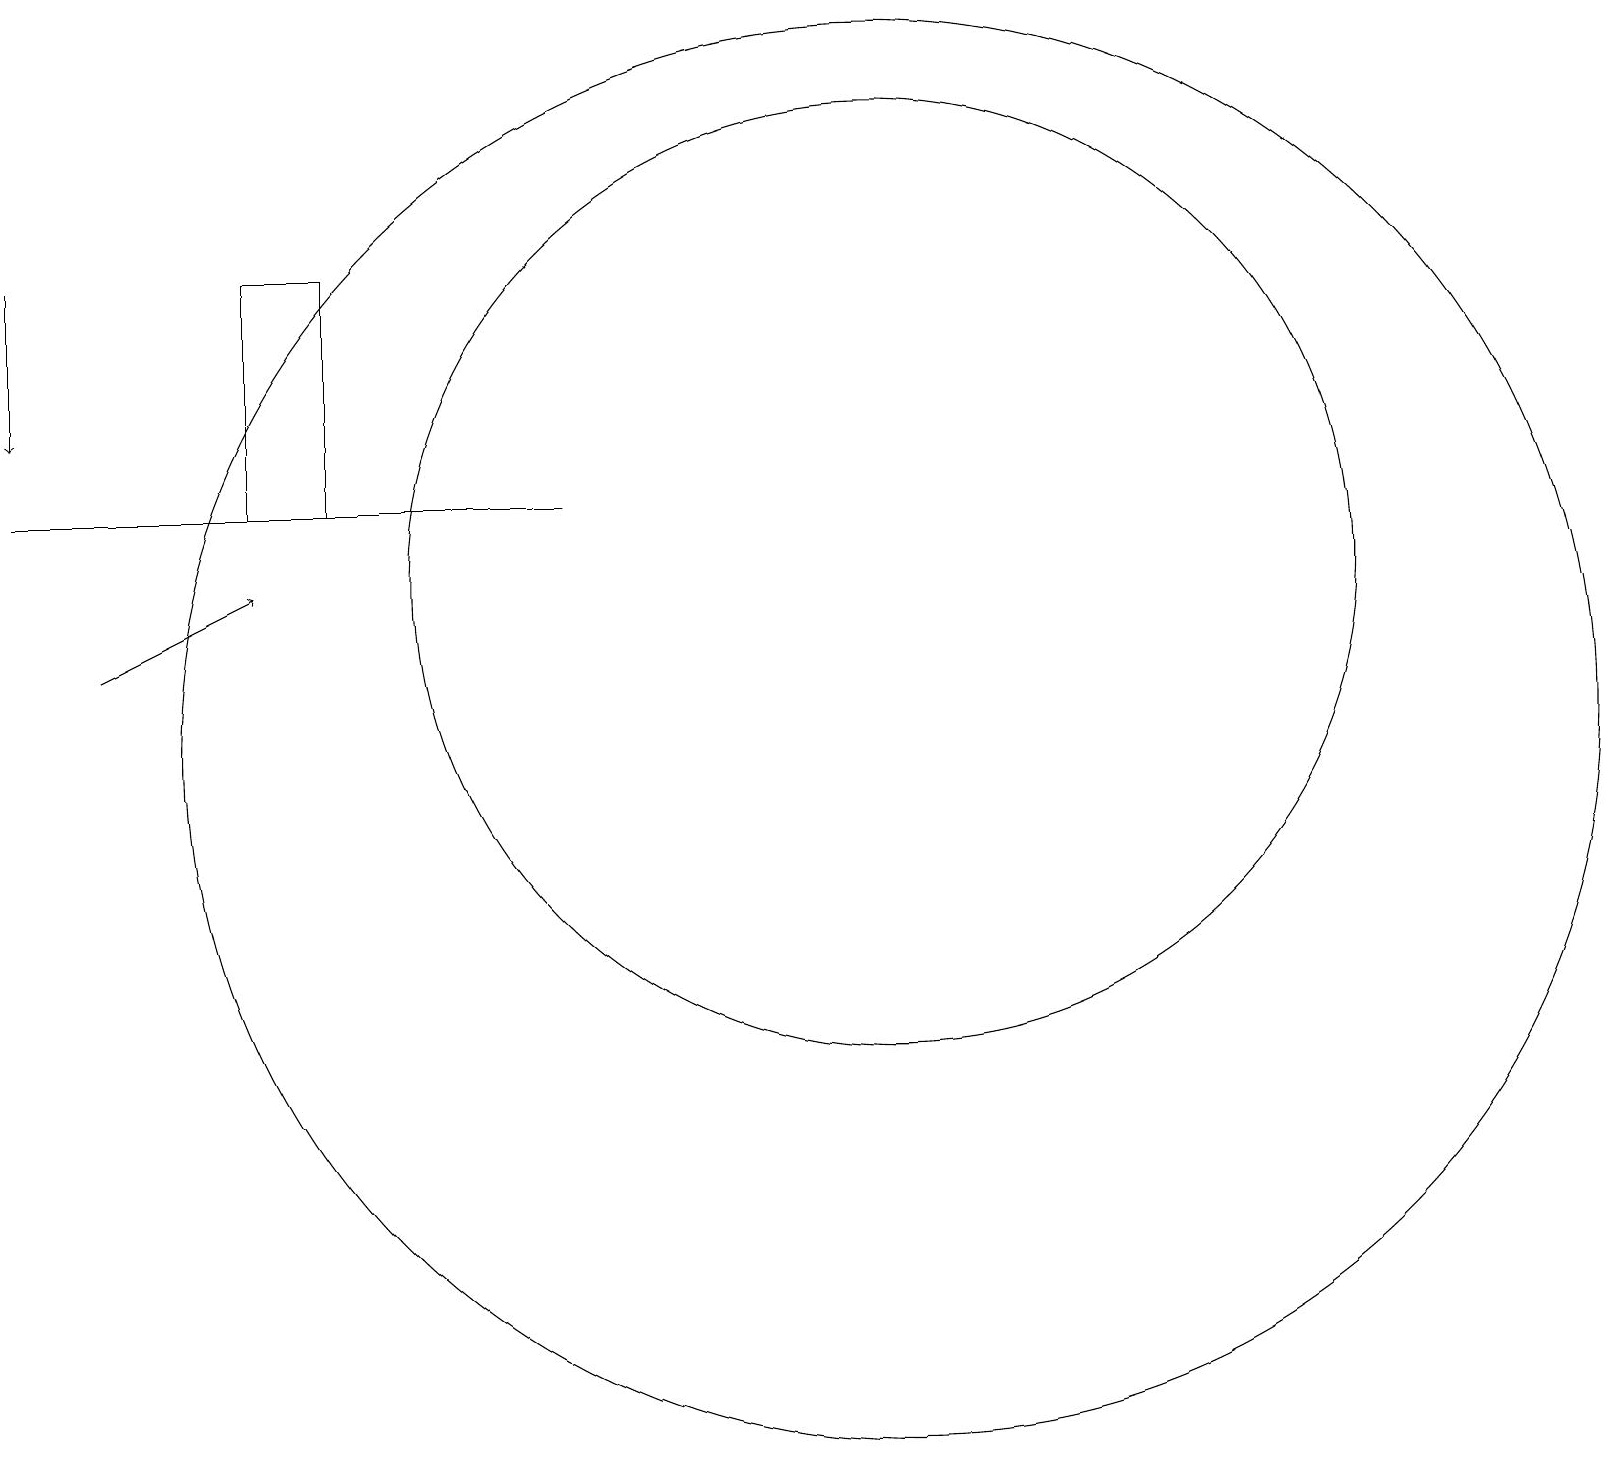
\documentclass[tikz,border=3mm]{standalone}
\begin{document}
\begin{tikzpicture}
\draw[->] (1,11) -- (3,12);
\draw (4,13) rectangle (3,16);
\draw (11,10) circle (9);
\draw (11,12) circle (6);
\draw[->] (0,16) -- (0,14);
\draw (0,13) rectangle (7,13);
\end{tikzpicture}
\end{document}